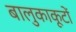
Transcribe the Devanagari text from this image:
बालुकाकूटों